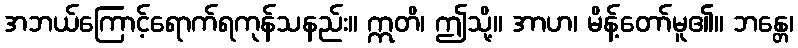
အဘယ်ကြောင့်ရောက်ရကုန်သနည်း။ ဣတိ၊ ဤသို့။ အာဟ၊ မိန့်တော်မူ၏။ ဘန္တေ၊